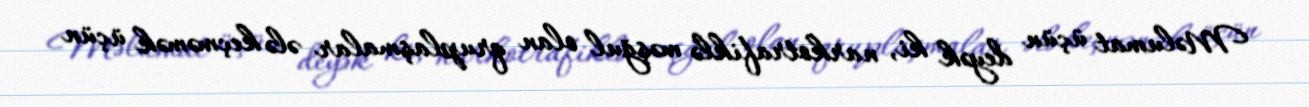
Məlumat üçün deyək ki, narkotrafiklə məşğul olan qruplaşmalar ələ keçməmək üçün